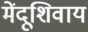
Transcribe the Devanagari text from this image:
मेंदूशिवाय